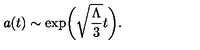
a ( t ) \sim \exp \biggl ( \sqrt { \frac { \Lambda } { 3 } } t \biggr ) .